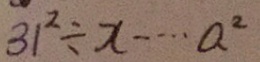
3 1 ^ { 2 } \div x \cdots a ^ { 2 }